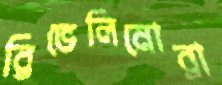
রিভেলিনোরা